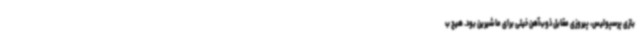
بازی پرسپولیس، پیروزی مقابل ذوب‌آهن خیلی برای ما شیرین بود. هیچ ب